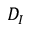
D _ { I }